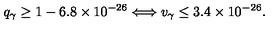
q _ { \gamma } \geq 1 - 6 . 8 \times 1 0 ^ { - 2 6 } \Longleftrightarrow v _ { \gamma } \leq 3 . 4 \times 1 0 ^ { - 2 6 } .